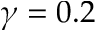
\gamma = 0 . 2